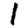
Digit: 1